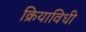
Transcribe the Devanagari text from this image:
क्रियाविधी